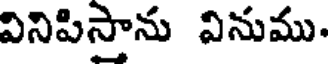
వినిపిస్తాను వినుము.